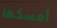
أمسكها